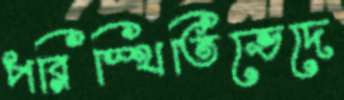
পরিস্থিতিভেদে